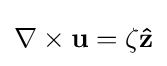
\nabla \times \mathbf {u} =\zeta \mathbf {\hat {z}}